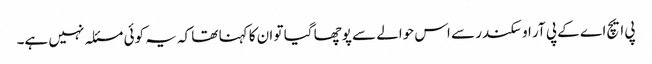
پی ایچ اے کے پی آر او سکندر سے اس حوالے سے پوچھا گیا تو ان کا کہنا تھا کہ یہ کوئی مسئلہ نہیں ہے۔